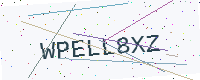
Text: WPELL8XZ